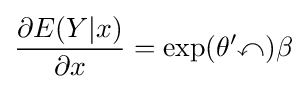
{\frac {\partial E(Y|x)}{\partial x}}=\exp(\theta '\mathbb {x} )\beta